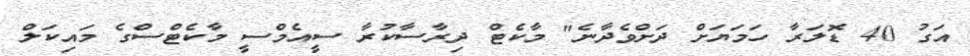
އަގު 40 ޑޮލަރާ ހަމަޔަށް ދަށްވެދާނެ" މާކެޓް ދިރާސާކުރާ ސީއެމްސީ މާކެޓްސްގެ މައިކަލް